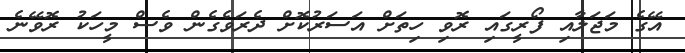
އޭގެ މަޖަލާއި ފޯރީގައި ރޮވި ހިތަށް އަސަރުކޮށް ދެރަވެގެން ވެސް މީހަކު ރޮވޭނެ